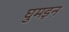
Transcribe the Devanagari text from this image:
घुमड़न